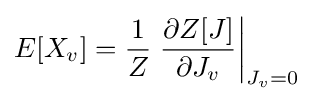
E[X_{v}]={\frac {1}{Z}}\left.{\frac {\partial Z[J]}{\partial J_{v}}}\right|_{J_{v}=0}